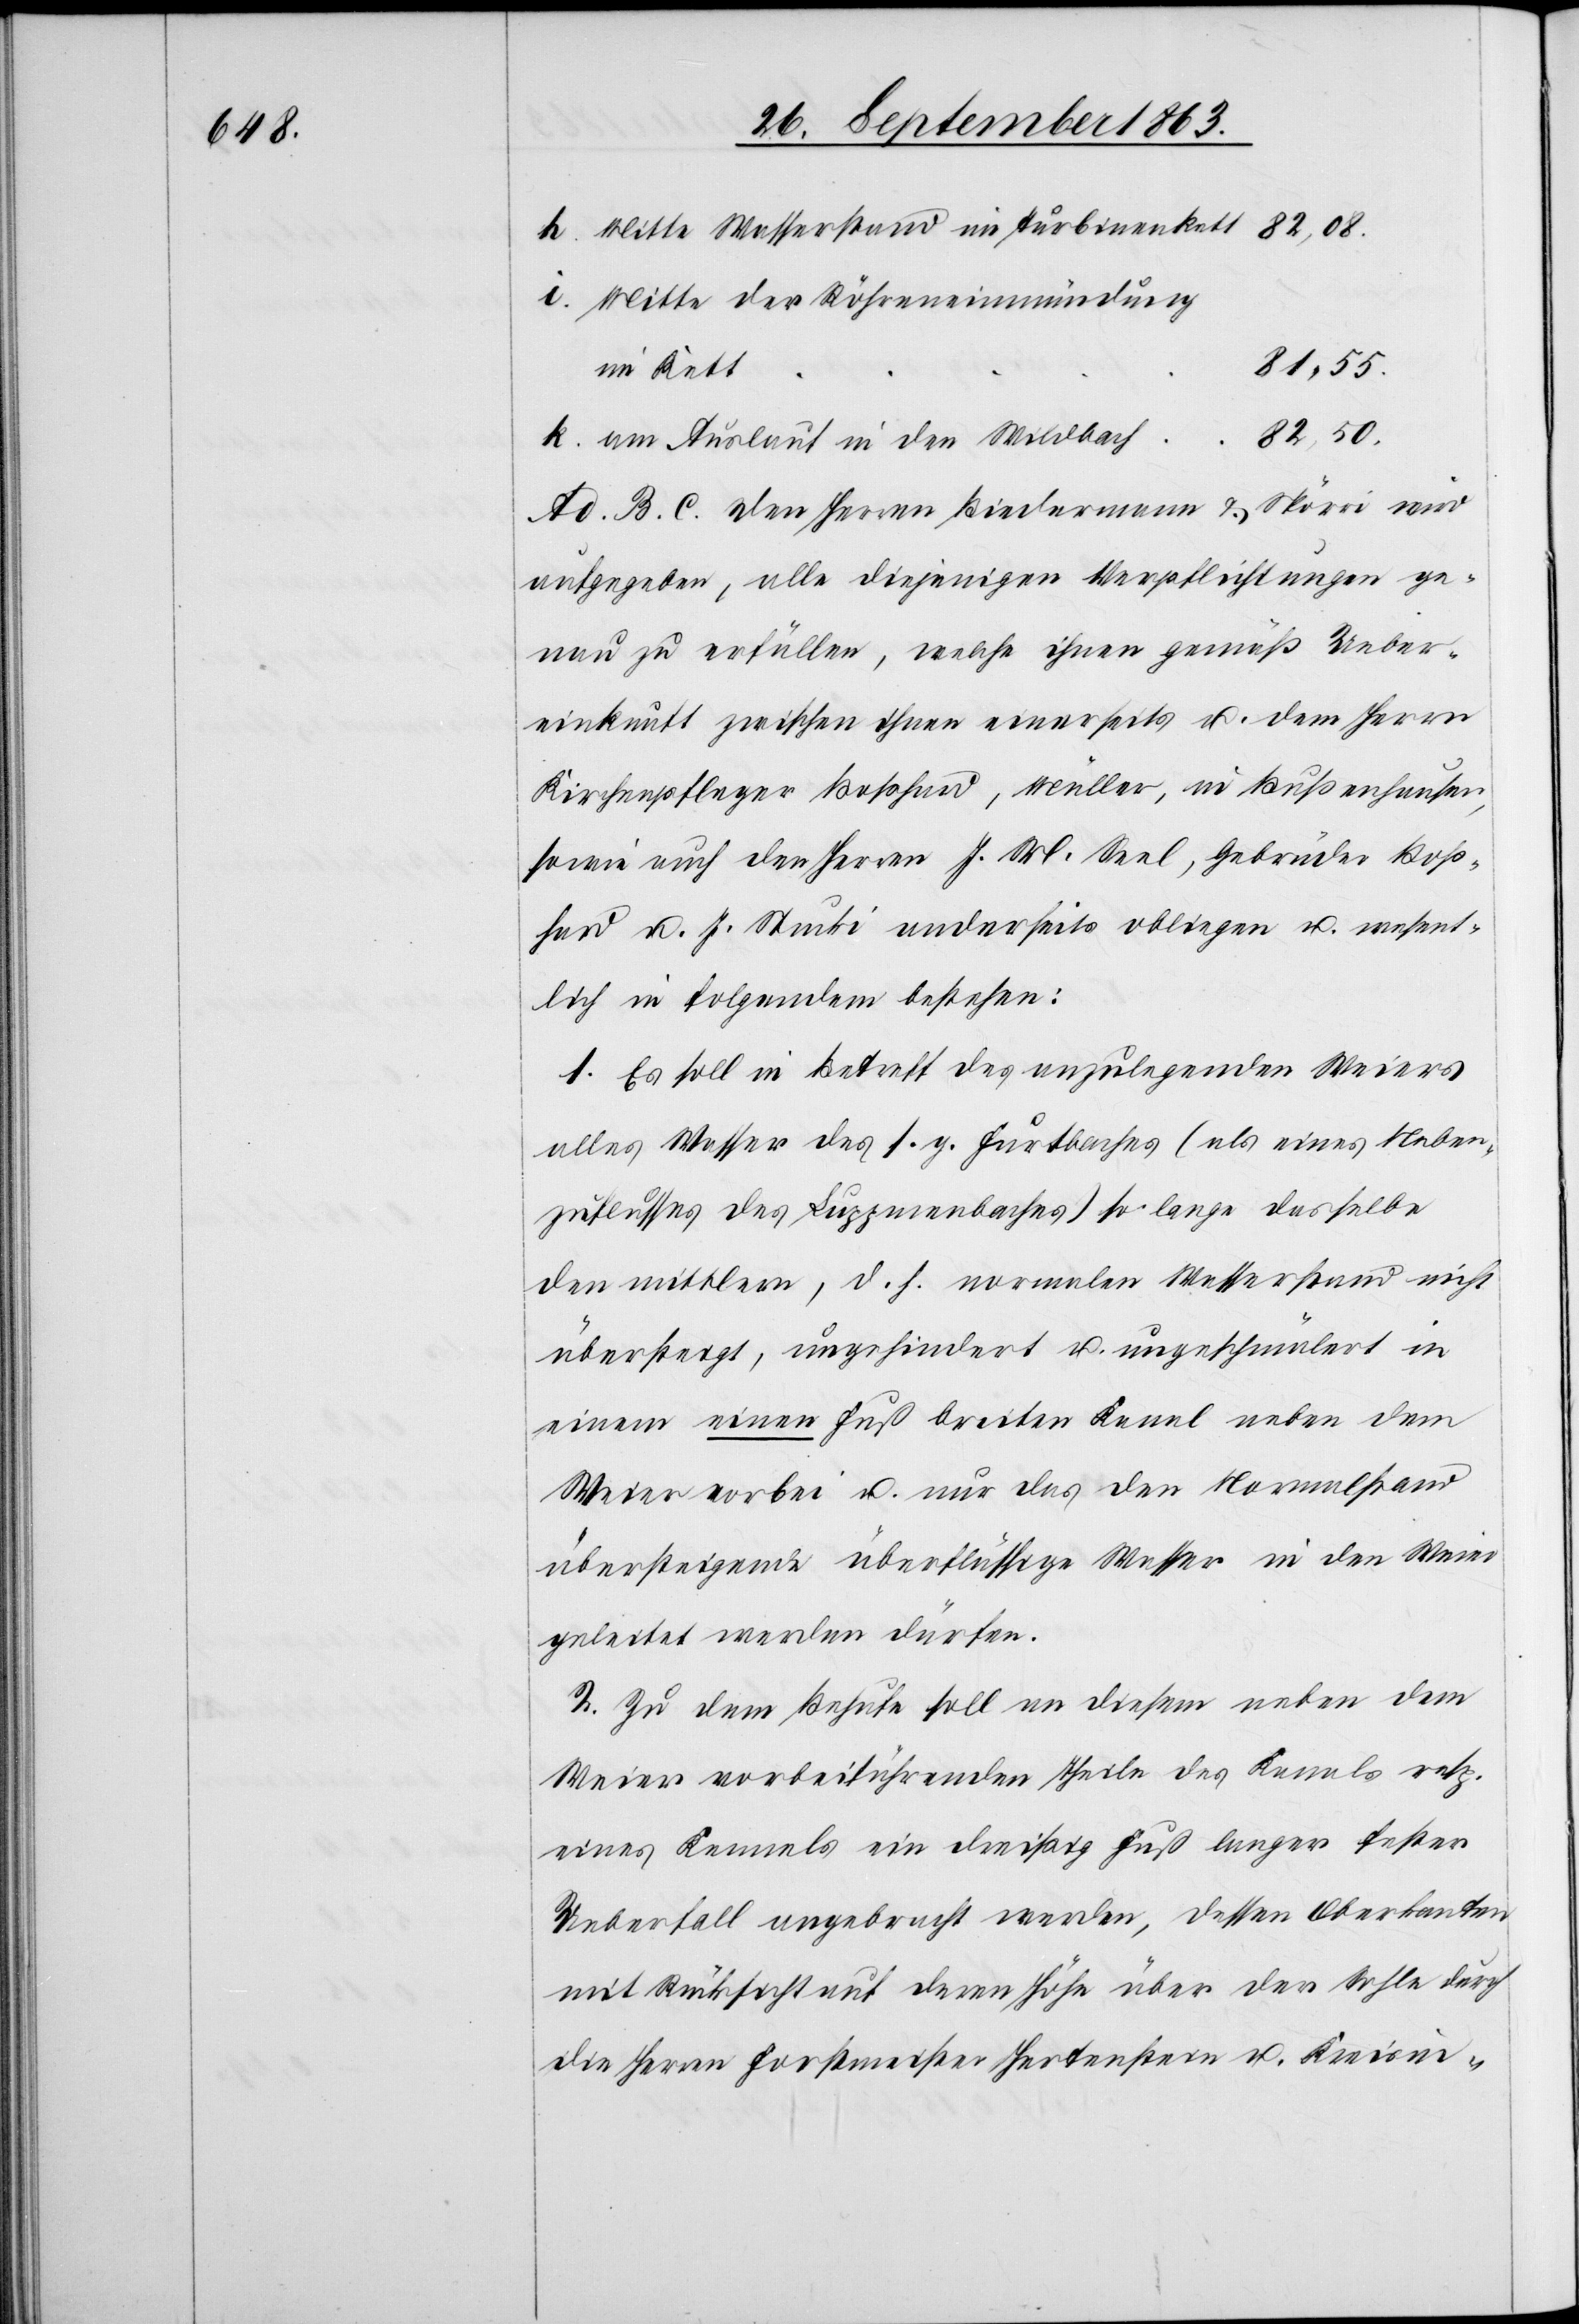
Mitte Wasserstand im Turbinenkett
Mitte der Röhreneinmündung
81,55.
82,50.
am Auslauf in den Wildbach
Ad. B. c. Den Herren Biedermann & Spörri wird
aufgegeben, alle diejenigen Verpflichtungen ge¬
nau zu erfüllen, welche ihnen gemäß Ueber¬
einkunft zwischen ihnen einerseits u. dem Herrn
Kirchenpfleger Boßhard, Müller, in Bußenhausen,
sowie auch den Herren J. M. Seel, Gebrüder Boß¬
hard u. J. Stucki anderseits obliegen u. wesent¬
lich in folgendem bestehen:
1. Es soll in Betreffe des anzulegenden Weiers
alles Wasser des s. g. Furtbaches (als eines Neben¬
zuflusses des Luggmenbaches) so lange dasselbe
den mittlern, d. h. normalen Wasserstand nicht
übersteigt, ungehindert u. ungeschmälert in
einem einen Fuß breiten Kanal neben dem
Weier vorbei u. nur das den Normalstand
übersteigende überflüssige Wasser in den Weier
geleitet werden dürfen.
2. Zu dem Behufe soll an diesem neben dem
Weier vorbeiführenden Theile des Kanals resp.
eines Kennels ein dreißig Fuß langer fester
Ueberfall angebracht werden, dessen Oberkanten
mit Rücksicht auf deren Höhe über der Sohle durch
die Herren Forstmeister Hertenstein u. Kreisin-